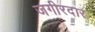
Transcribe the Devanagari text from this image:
जगीरदार